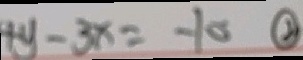
4 y - 3 x = - 1 0 \textcircled { 2 }